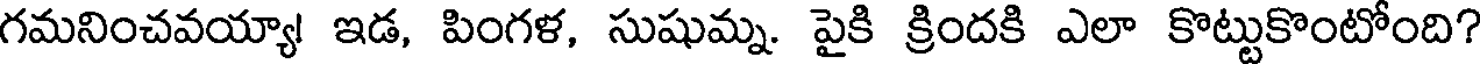
గమనించవయ్యా! ఇడ, పింగళ, సుషుమ్న. పైకి క్రిందకి ఎలా కొట్టుకొంటోంది?